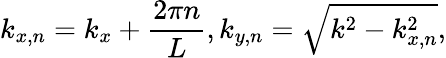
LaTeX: k_{x,n}=k_{x}+\frac{2\pi n}{L},k_{y,n}=\sqrt{k^{2}-k_{x,n}^{2}},